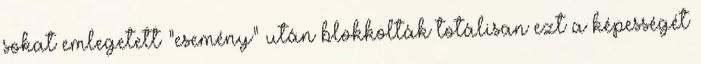
sokat emlegetett “esemény” után blokkolták totálisan ezt a képességét